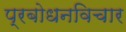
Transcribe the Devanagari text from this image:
प्रबोधनविचार